Lunatic asylums Central Provinces reports 1910-1926 - 1910-1926
Year: 1910
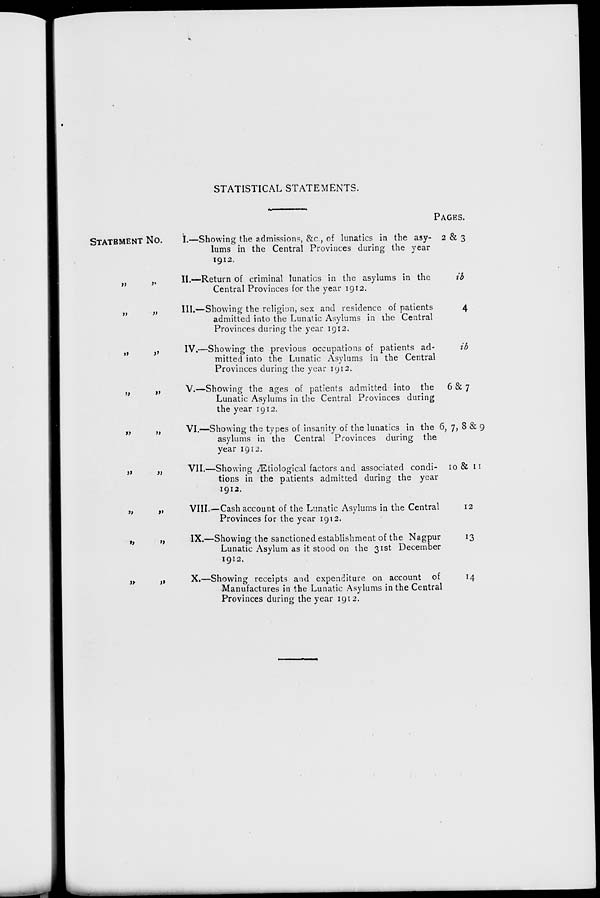
STATISTICAL STATEMENTS.
STATEMENT No.
„
„
„ „
„ „
„ „
„ „
„ „
„ „
„ „
„ „
I.—Showing the admissions, &c, of lunatics in the asy-
lums in the Central Provinces during the year
1912.
II.—Return of criminal lunatics in the asylums in the
Central Provinces for the year 1912.
III.—Showing the religion, sex and residence of patients
admitted into the Lunatic Asylums in the Central
Provinces during the year 1912.
IV.—Showing the previous occupations of patients ad-
mitted into the Lunatic Asylums in the Central
Provinces during the year 1912.
V.—Showing the ages of patients admitted into the
Lunatic Asylums in the Central Provinces during
the year 1912.
VI.—Showing the types of insanity of the lunatics in the
asylums in the Central Provinces during the
year 1912.
VII.—Showing Ætiological factors and associated condi-
tions in the patients admitted during the year
1912.
VIII.—Cash account of the Lunatic Asylums in the Central
Provinces for the year 1912.
IX.—Showing the sanctioned establishment of the Nagpur
Lunatic Asylum as it stood on the 31st December
1912.
X.—Showing receipts and expenditure on account of
Manufactures in the Lunatic Asylums in the Central
Provinces during the year 1912.
PAGES.
2 & 3
ib
4
ib
6&7
6, 7, 8 & 9
10 & 11
12
13
14